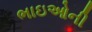
ભાઇઓની